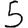
Digit: 5